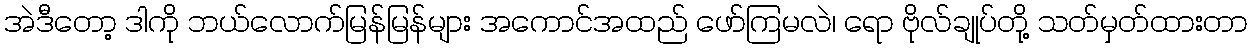
အဲဒီတော့ ဒါကို ဘယ်လောက်မြန်မြန်များ အကောင်အထည် ဖော်ကြမလဲ၊ ရော ဗိုလ်ချုပ်တို့ သတ်မှတ်ထားတာ